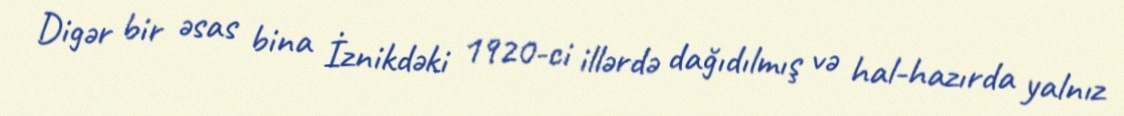
Digər bir əsas bina İznikdəki 1920-ci illərdə dağıdılmış və hal-hazırda yalnız